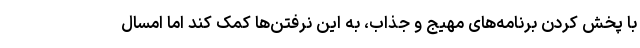
با پخش کردن برنامه‌های مهیج و جذاب، به این نرفتن‌ها کمک کند اما امسال